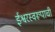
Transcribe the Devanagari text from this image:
ईश्वरस्वरूपाची